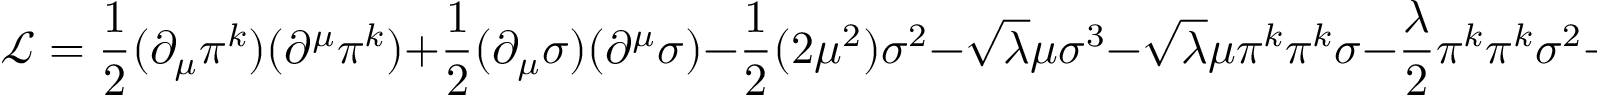
{ \mathcal { L } } = { \frac { 1 } { 2 } } ( \partial _ { \mu } \pi ^ { k } ) ( \partial ^ { \mu } \pi ^ { k } ) + { \frac { 1 } { 2 } } ( \partial _ { \mu } \sigma ) ( \partial ^ { \mu } \sigma ) - { \frac { 1 } { 2 } } ( 2 \mu ^ { 2 } ) \sigma ^ { 2 } - { \sqrt { \lambda } } \mu \sigma ^ { 3 } - { \sqrt { \lambda } } \mu \pi ^ { k } \pi ^ { k } \sigma - { \frac { \lambda } { 2 } } \pi ^ { k } \pi ^ { k } \sigma ^ { 2 } - { \frac { \lambda } { 4 } } ( \pi ^ { k } \pi ^ { k } ) ^ { 2 } ,